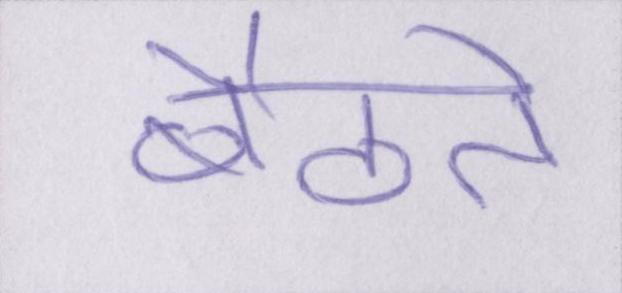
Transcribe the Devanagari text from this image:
बैठते